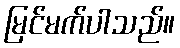
မြင်မက်ပါသည်။